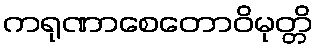
ကရုဏာစေတောဝိမုတ္တိ